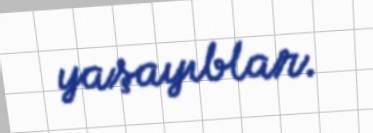
yaşayıblar.